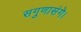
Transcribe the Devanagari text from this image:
सगुणासंगे।